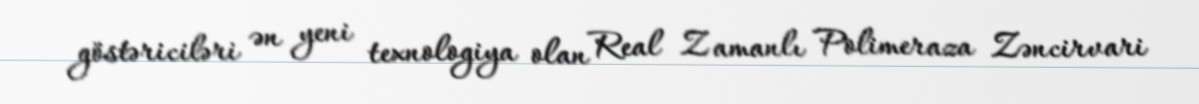
göstəriciləri ən yeni texnologiya olan Real Zamanlı Polimeraza Zəncirvari